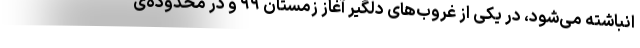
انباشته می‌شود، در یکی از غروب‌های دلگیر آغاز زمستان ۹۹ و در محدوده‌ی